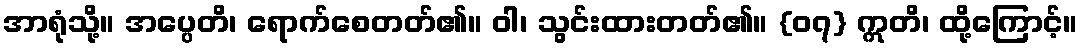
အာရုံသို့။ အပ္ပေတိ၊ ရောက်စေတတ်၏။ ဝါ၊ သွင်းထားတတ်၏။ {၀၇} ဣတိ၊ ထို့ကြောင့်။